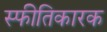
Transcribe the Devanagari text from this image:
स्फीतिकारक